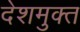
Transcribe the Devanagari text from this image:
देशमुक्त